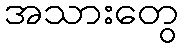
အသားတွေ